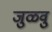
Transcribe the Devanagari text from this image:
जुळवु